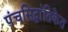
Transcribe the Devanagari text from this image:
पंचसिद्धांतिकेत